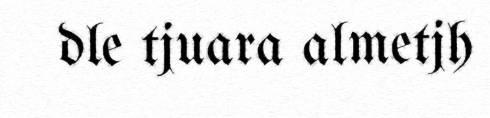
dle tjuara almetjh